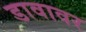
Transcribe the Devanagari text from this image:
डावावर